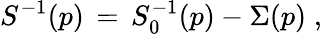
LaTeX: S^{-1}(p)\, =\, S_{0}^{-1}(p)-\Sigma(p)\; ,